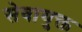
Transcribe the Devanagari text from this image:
सेवायुक्त